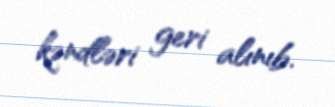
kəndləri geri alınıb.